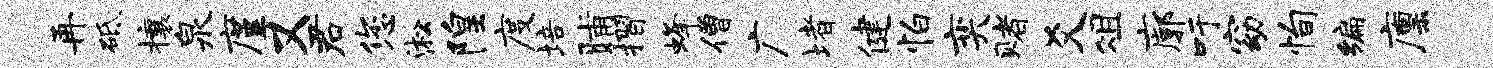
再砥攘泉廑又君您淞隍度培晡摺蜂僧广堵健怕奕赌爻俎廓吁窈恂编廪